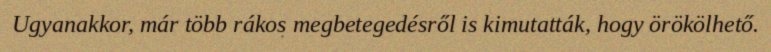
Ugyanakkor, már több rákos megbetegedésről is kimutatták, hogy örökölhető.